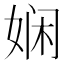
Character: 娴